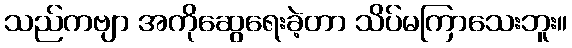
သည်ကဗျာ အကိုဆွေရေးခဲ့တာ သိပ်မကြာသေးဘူး။